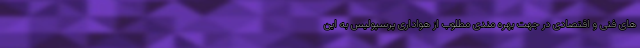
های فنی و اقتصادی در جهت بهره مندی مطلوب از هواداری پرسپولیس به این